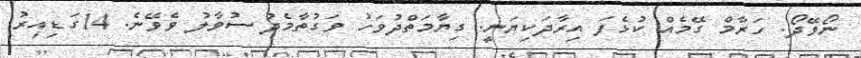
ނޯވޭދޯ. ހަރާމް ގޭމެއް ކުޅެފަ އިރާދަކިޔަނީ. ގިޔާމަތްދުވަހު ވަގުތާމެދު ސުވާލު ވެވޭނެ. 14ގަޑިއިރު